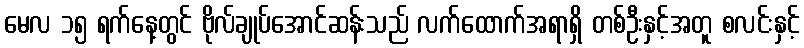
မေလ ၁၅ ရက်နေ့တွင် ဗိုလ်ချုပ်အောင်ဆန်းသည် လက်ထောက်အရာရှိ တစ်ဦးနှင့်အတူ စလင်းနှင့်